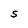
Character: S